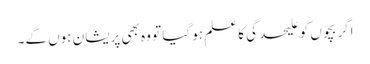
اگر بچوں کو علیحدگی کا علم ہو گیا تو وہ بھی پریشان ہوں گے۔